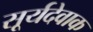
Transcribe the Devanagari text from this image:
सूर्यदेवाक